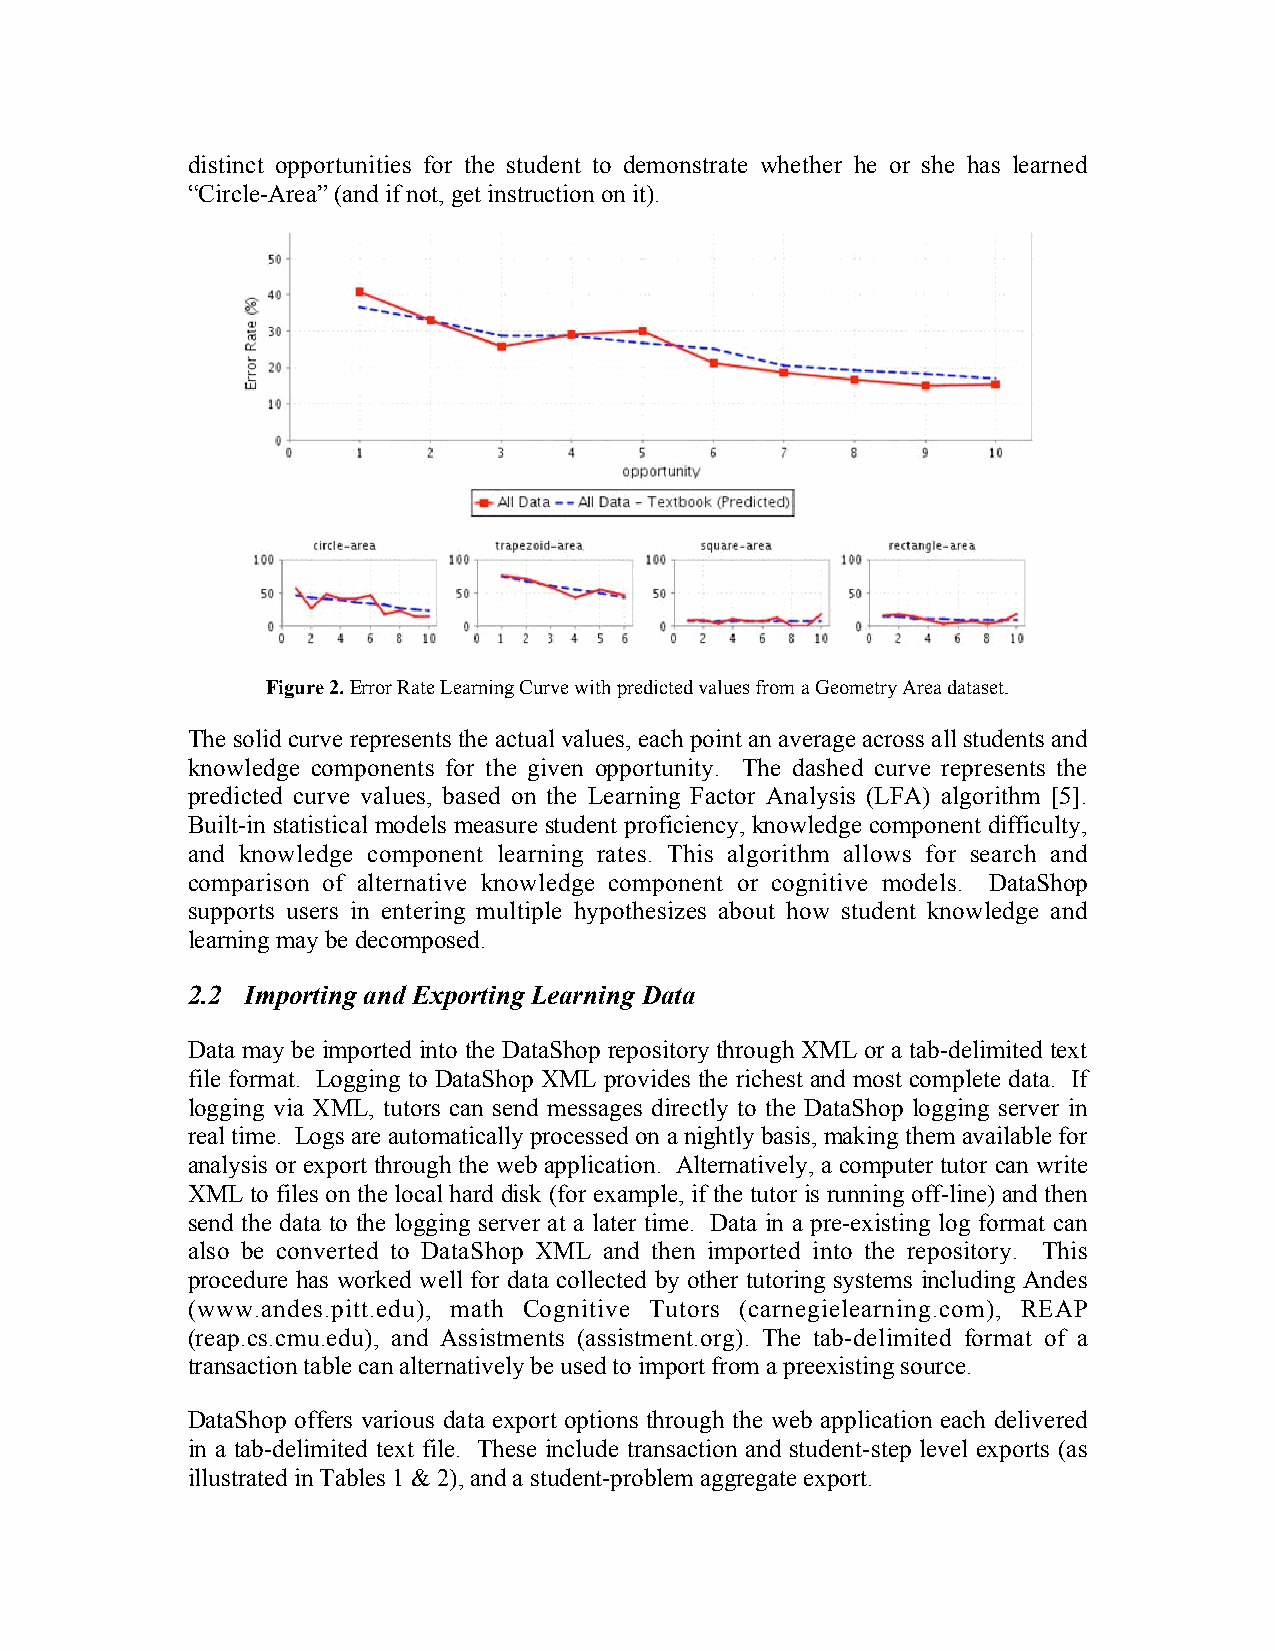
distinct opportunities for the student to demonstrate whether he or she has learned
 “Circle-Area” (and if not, get instruction on it).
 Figure 2. Error Rate Learning Curve with predicted values from a Geometry Area dataset.
 The solid curve represents the actual values, each point an average across all students and
 knowledge components for the given opportunity. The dashed curve represents the
 predicted curve values, based on the Learning Factor Analysis (LFA) algorithm [5].
 Built-in statistical models measure student proficiency, knowledge component difficulty,
 and knowledge component learning rates. This algorithm allows for search and
 comparison of alternative knowledge component or cognitive models. DataShop
 supports users in entering multiple hypothesizes about how student knowledge and
 learning may be decomposed.
 2.2 Importing and Exporting Learning Data
 Data may be imported into the DataShop repository through XML or a tab-delimited text
 file format. Logging to DataShop XML provides the richest and most complete data. If
 logging via XML, tutors can send messages directly to the DataShop logging server in
 real time. Logs are automatically processed on a nightly basis, making them available for
 analysis or export through the web application. Alternatively, a computer tutor can write
 XML  to files on the local hard disk (for example, if the tutor is running off-line) and then
 send the data to the logging server at a later time. Data in a pre-existing log format can
 also be converted to DataShop XML and then imported into the repository. This
 procedure has worked well for data collected by other tutoring systems including Andes
 (www.andes.pitt.edu), math Cognitive Tutors (carnegielearning.com), REAP
 (reap.cs.cmu.edu), and Assistments (assistment.org). The tab-delimited format of a
 transaction table can alternatively be used to import from a preexisting source.
 DataShop offers various data export options through the web application each delivered
 in a tab-delimited text file. These include transaction and student-step level exports (as
 illustrated in Tables 1 & 2), and a student-problem aggregate export.